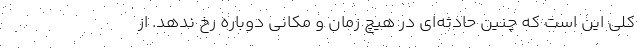
کلی این است که چنین حادثه‌ای در هیچ زمان و مکانی دوباره رخ ندهد. از